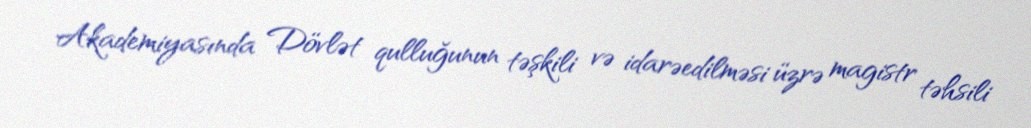
Akademiyasında Dövlət qulluğunun təşkili və idarəedilməsi üzrə magistr təhsili